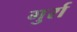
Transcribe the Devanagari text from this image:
गुर्रा